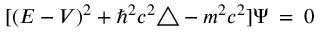
[ ( E - V ) ^ { 2 } + \hbar ^ { 2 } c ^ { 2 } \triangle - m ^ { 2 } c ^ { 2 } ] \Psi \: = \: 0